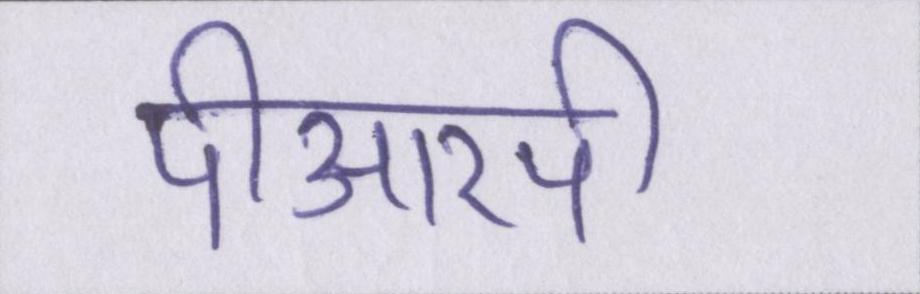
पीआरपी